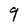
Character: 9